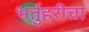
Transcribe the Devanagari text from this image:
भर्तुहरीचा